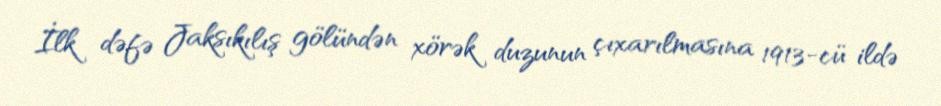
İlk dəfə Jaksıkılış gölündən xörək duzunun çıxarılmasına 1913-cü ildə